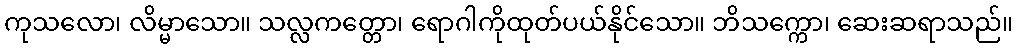
ကုသလော၊ လိမ္မာသော။ သလ္လကတ္တော၊ ရောဂါကိုထုတ်ပယ်နိုင်သော။ ဘိသက္ကော၊ ဆေးဆရာသည်။